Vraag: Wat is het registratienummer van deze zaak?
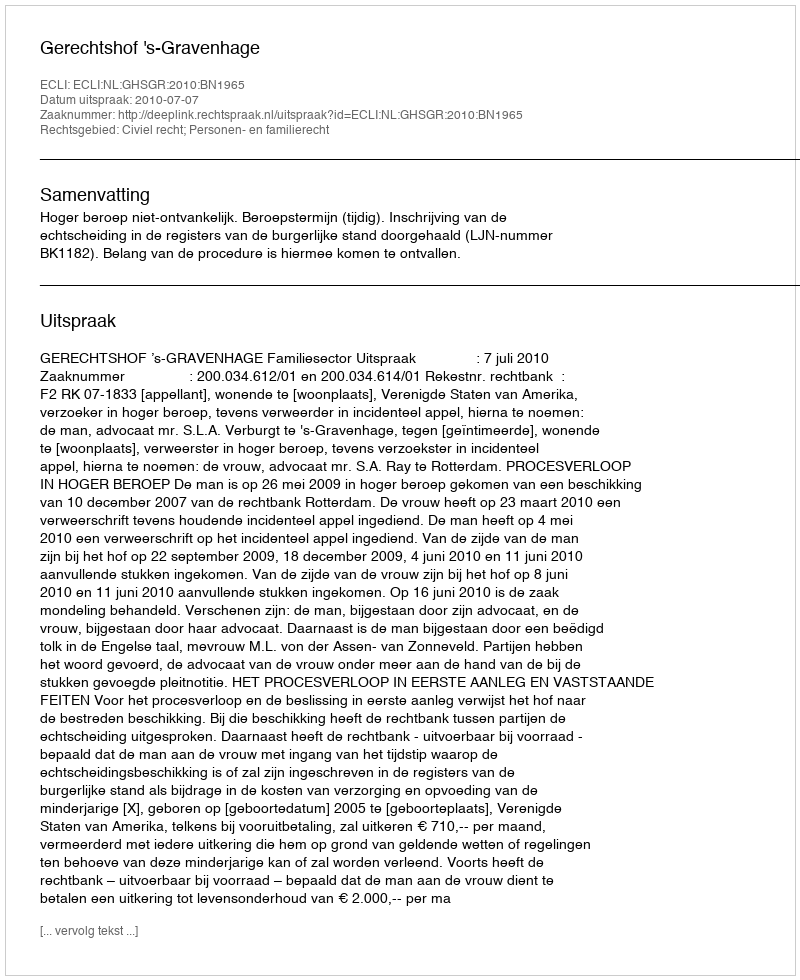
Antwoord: http://deeplink.rechtspraak.nl/uitspraak?id=ECLI:NL:GHSGR:2010:BN1965